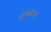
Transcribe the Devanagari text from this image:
कुंबला